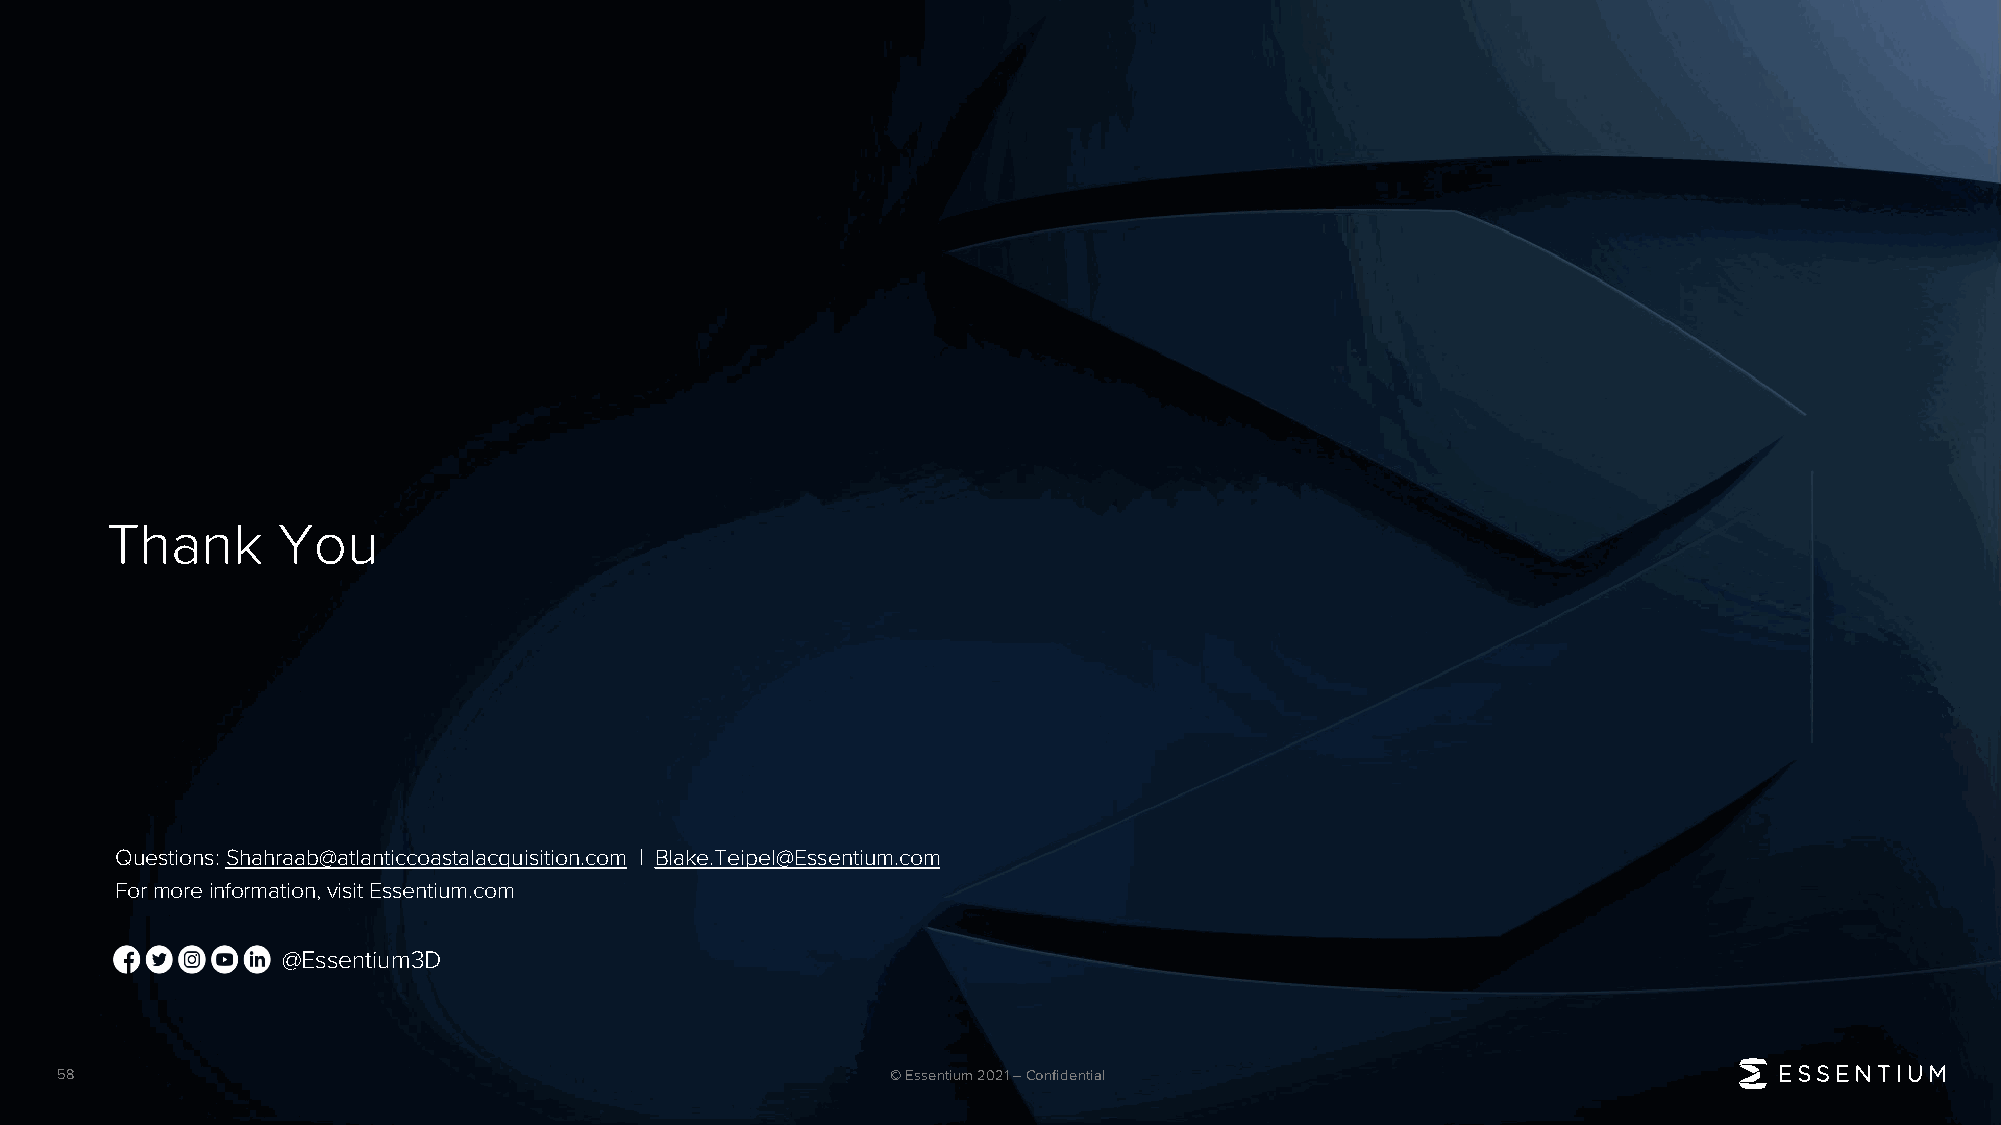
Thank      You
 Questions:Shahraab@atlanticcoastalacquisition.com | Blake.Teipel@Essentium.com
 Formoreinformation,visitEssentium.com
 @Essentium3D
 58                                                     © Essentium 2021 –Confidential